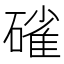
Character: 𮀿